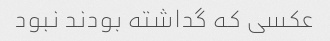
عکسی که گداشته بودند نبود